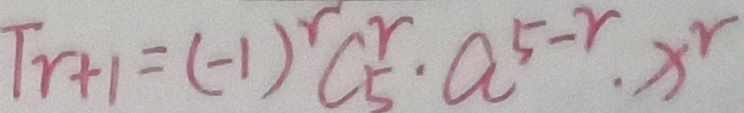
T _ { r + 1 } = ( - 1 ) ^ { r } C _ { 5 } ^ { r } \cdot a ^ { 5 - r } , x ^ { r }